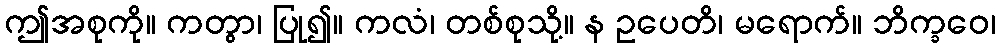
ဤအစုကို။ ကတွာ၊ ပြု၍။ ကလံ၊ တစ်စုသို့။ န ဥပေတိ၊ မရောက်။ ဘိက္ခဝေ၊